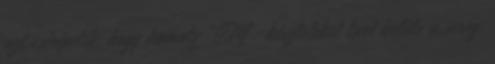
azt csiripelik, hogy komoly "M"-készleteket tart belőle a sereg.